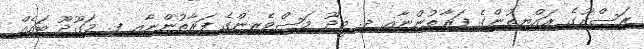
ރަސްދޫގެ ރައްޔިތުންގެ ފަރާތުންނާއި ދ. މީދޫ މަސްވެރިންގެ ފަރާތުންނާއި ފ. މަގޫދޫ ބައެއް